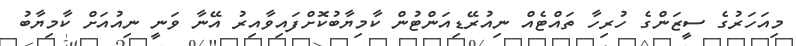
މިއަހަރުގެ ސީޒަންގެ ހުރިހާ ތައްޓެއް ނިއުރޭޑިއަންޓުން ކާމިޔާބުކޮށްފައިވާއިރު އޭނާ ވަނީ ނިއުއަށް ކާމިޔާބު